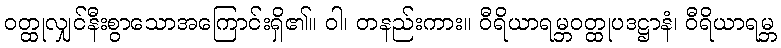
ဝတ္ထုလျှင်နီးစွာသောအကြောင်းရှိ၏။ ဝါ၊ တနည်းကား။ ဝီရိယာရမ္ဘဝတ္ထုပဒဋ္ဌာနံ၊ ဝီရိယာရမ္ဘ